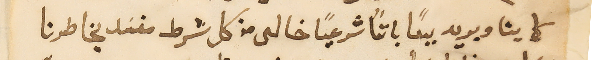
كما يشا ويريد بيعاً باتاً شرعيًا خالى من كل شرط مفسَد بخاطرنا